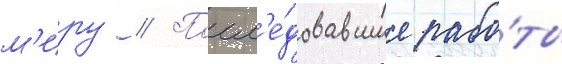
м'иру // Посл'е́довавшие рабо́ты